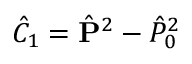
\hat { C } _ { 1 } = \hat { \mathbf { P } } ^ { 2 } - \hat { P } _ { 0 } ^ { 2 }